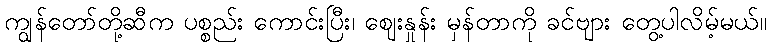
ကျွန်တော်တို့ဆီက ပစ္စည်း ကောင်းပြီး၊ ဈေးနှုန်း မှန်တာကို ခင်ဗျား တွေ့ပါလိမ့်မယ်။